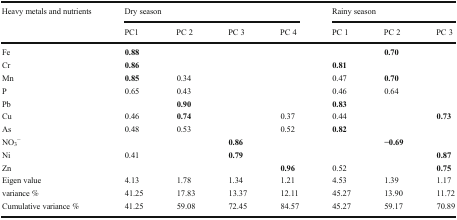
<table><thead><tr><td rowspan="2"><b>Heavy metals and nutrients</b></td><td colspan="4"><b>Dry season</b></td><td colspan="3"><b>Rainy season</b></td></tr><tr><td><b>PC1</b></td><td><b>PC 2</b></td><td><b>PC 3</b></td><td><b>PC 4</b></td><td><b>PC 1</b></td><td><b>PC 2</b></td><td><b>PC 3</b></td></tr></thead><tbody><tr><td>Fe</td><td><b>0.88</b></td><td></td><td></td><td></td><td></td><td><b>0.70</b></td><td></td></tr><tr><td>Cr</td><td><b>0.86</b></td><td></td><td></td><td></td><td><b>0.81</b></td><td></td><td></td></tr><tr><td>Mn</td><td><b>0.85</b></td><td>0.34</td><td></td><td></td><td>0.47</td><td><b>0.70</b></td><td></td></tr><tr><td>P</td><td>0.65</td><td>0.43</td><td></td><td></td><td>0.46</td><td>0.64</td><td></td></tr><tr><td>Pb</td><td></td><td><b>0.90</b></td><td></td><td></td><td><b>0.83</b></td><td></td><td></td></tr><tr><td>Cu</td><td>0.46</td><td><b>0.74</b></td><td></td><td>0.37</td><td>0.44</td><td></td><td><b>0.73</b></td></tr><tr><td>As</td><td>0.48</td><td>0.53</td><td></td><td>0.52</td><td><b>0.82</b></td><td></td><td></td></tr><tr><td>NO<sub>3</sub><sup>−</sup></td><td></td><td></td><td><b>0.86</b></td><td></td><td></td><td><b>−0.69</b></td><td></td></tr><tr><td>Ni</td><td>0.41</td><td></td><td><b>0.79</b></td><td></td><td></td><td></td><td><b>0.87</b></td></tr><tr><td>Zn</td><td></td><td></td><td></td><td><b>0.96</b></td><td>0.52</td><td></td><td><b>0.75</b></td></tr><tr><td>Eigen value</td><td>4.13</td><td>1.78</td><td>1.34</td><td>1.21</td><td>4.53</td><td>1.39</td><td>1.17</td></tr><tr><td>variance %</td><td>41.25</td><td>17.83</td><td>13.37</td><td>12.11</td><td>45.27</td><td>13.90</td><td>11.72</td></tr><tr><td>Cumulative variance %</td><td>41.25</td><td>59.08</td><td>72.45</td><td>84.57</td><td>45.27</td><td>59.17</td><td>70.89</td></tr></tbody></table>